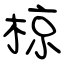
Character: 椋